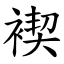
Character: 褉